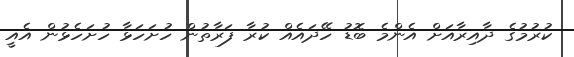
ކުރުމުގެ ދާއިރާއަށް އެންމެ ބޮޑު ހޭދައެއް ކުރާ ފަރާތުން ހުށަހަޅާ ހުށަހެޅުން އެއީ